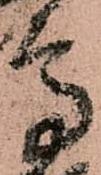
高